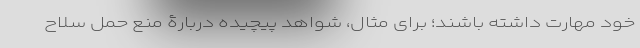
خود مهارت داشته باشند؛ برای مثال، شواهد پیچیده دربارۀ منع حمل سلاح